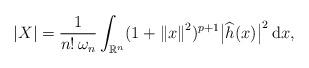
LaTeX: \begin{align*}|X|=\frac{1}{n!\,\omega_n}\int_{\mathbb{R}^n} (1+\left \| x\right\|^2)^{p+1} \bigl| \widehat{h}(x)\bigr |^2\,\mathrm{d}x,\end{align*}